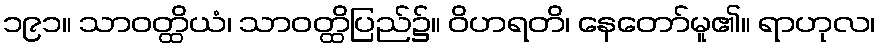
၁၉၁။ သာဝတ္ထိယံ၊ သာဝတ္ထိပြည်၌။ ဝိဟရတိ၊ နေတော်မူ၏။ ရာဟုလ၊